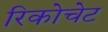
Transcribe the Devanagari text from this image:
रिकोचेट